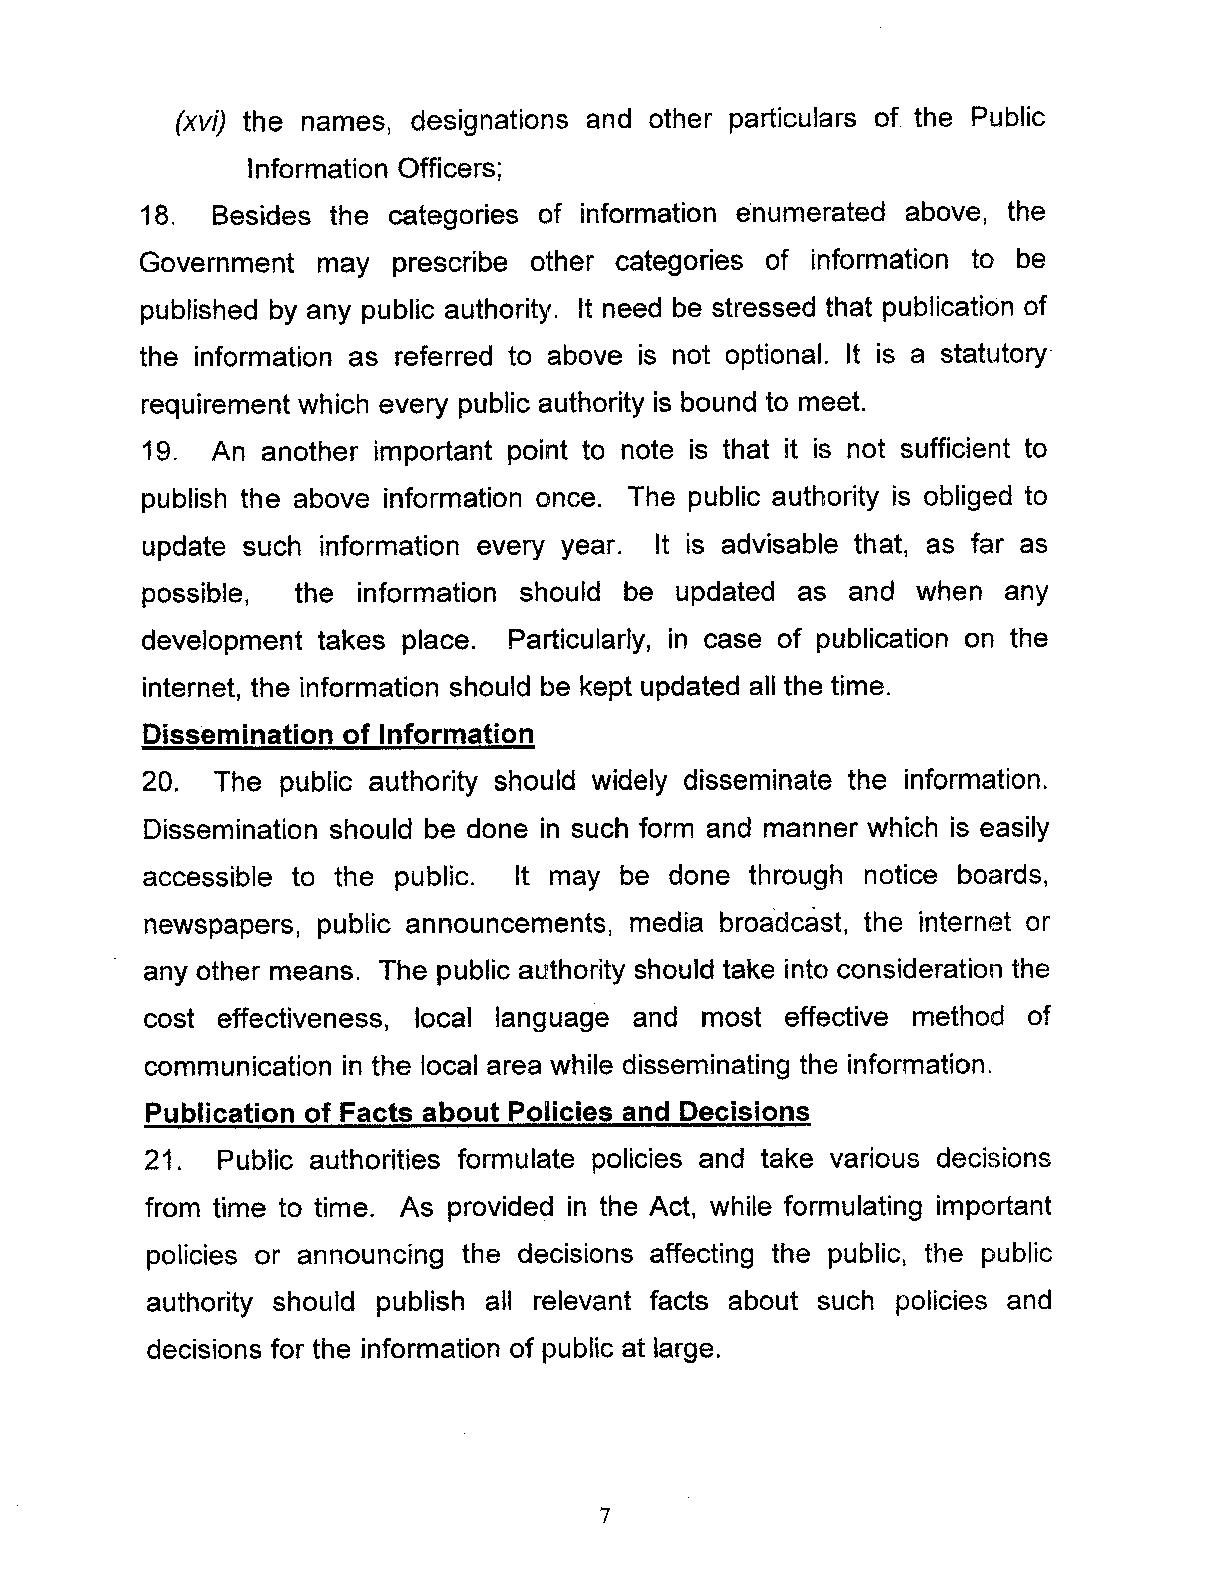
(xvi) the names, designations and other particulars of the Public
 Information Officers;
 18. Besides the categories of information e"numerated above, the
 Government may  prescribe other categories of information to be
 published by any public authority. It need be stressed that publication of
 the information as referred to above is not optional. It is a statutory"
 requirement which every public authority is bound to meet.
 19. An  another important point to note is that it is not sufficient to
 publish the above information once. The public authority is obliged to
 update such information every year. It is advisable that, as far as
 possible, the information should be updated as and when any
 development takes place. Particularly, in case of publication on the
 internet, the information should be kept updated all the time.
 Dissemination of Information
 20. The  public authority should widely disseminate the information.
 Dissemination should be done in such form and manner which is easily
 accessible to the public. It may be done through notice boards,
 newspapers, public announcements, media broadcast, the internet or
 any other means. The public authority should take into consideration the
 cost effectiveness, local language and most effective method of
 communication in the local area while disseminating the information.
 Publication of Facts about Policies and Decisions
 21. Public authorities formulate policies and take various decisions
 from time to time. As provided in the Act, while formulating important
 policies or announcing the decisions affecting the public, the public
 authority should publish all relevant facts about such policies and
 decisions for the information of public at large.